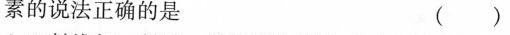
素的说法正确的是 ( )